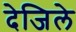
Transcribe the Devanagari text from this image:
देजिले